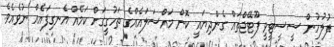
ފުލުހުން ސީސީޓީވީ ފޫޓޭޖްތައް ގެންދިޔައީ ކޮން މައްސަލައެއްގެ ތަހުގީގަށް ކަމެއް އެނގިފައެއް ނުވެއެވެ.